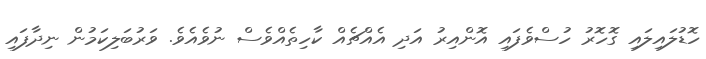
ހޮޑުލައިލައި ގޮހޮރު ހުސްވެފައި އޮންއިރު އަދި އެއްޗެއް ކާހިތެއްވެސް ނުވެއެވެ. ވަރުބަލިކަމުން ނިދާފައި